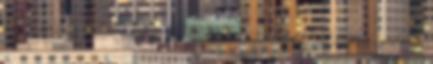
hogy alkalmas lennék bizalmatok elnyerésére: -Rövid itt tartózkodásom alatt